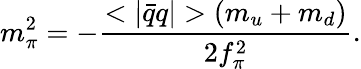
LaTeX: m_{\pi}^{2}=-\frac{<|\bar{q}q|>(m_{u}+m_{d})}{2f_{\pi}^{2}}.